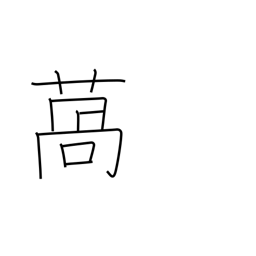
Meaning: lettuce